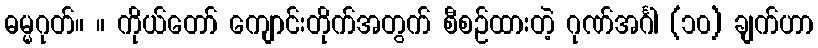
ဓမ္မဂုတ်။ ။ ကိုယ်တော် ကျောင်းတိုက်အတွက် စီစဉ်ထားတဲ့ ဂုဏ်အင်္ဂါ (၁၀) ချက်ဟာ